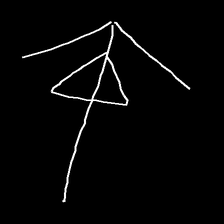
Glyph: pull